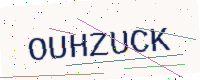
Text: OUHZUCK